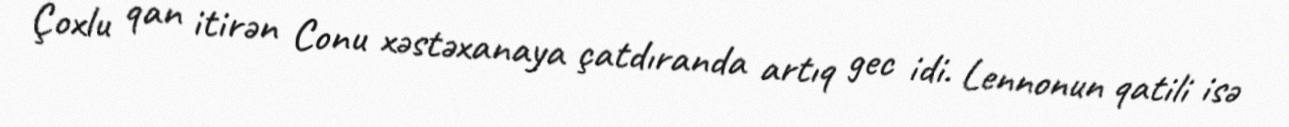
Çoxlu qan itirən Conu xəstəxanaya çatdıranda artıq gec idi. Lennonun qatili isə